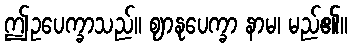
ဤဥပေက္ခာသည်။ ဈာနုပေက္ခာ နာမ၊ မည်၏။